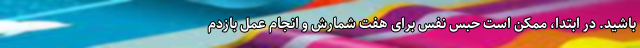
باشید. در ابتدا، ممکن است حبس نفس برای هفت شمارش و انجام عمل بازدم